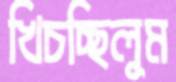
খিচচ্ছিলুম